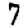
Digit: 7